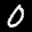
Label: 0